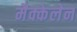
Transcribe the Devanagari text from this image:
मैक्केलेन